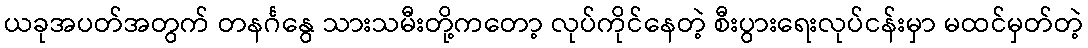
ယခုအပတ်အတွက် တနင်္ဂနွေ သားသမီးတို့ကတော့ လုပ်ကိုင်နေတဲ့ စီးပွားရေးလုပ်ငန်းမှာ မထင်မှတ်တဲ့